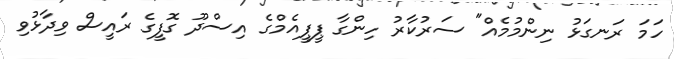
ހަމަ ރަނގަޅު ނިންމުމެއް" ސަރުކާރު ހިންގާ ޕީޕީއެމްގެ އިސްދޫ ގޮފީގެ ރައީސް ވިދާޅުވި